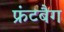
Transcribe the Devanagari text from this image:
फ्रंटबैग